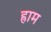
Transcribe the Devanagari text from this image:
ह्राम